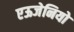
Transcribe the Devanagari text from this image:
एऊजेनियो